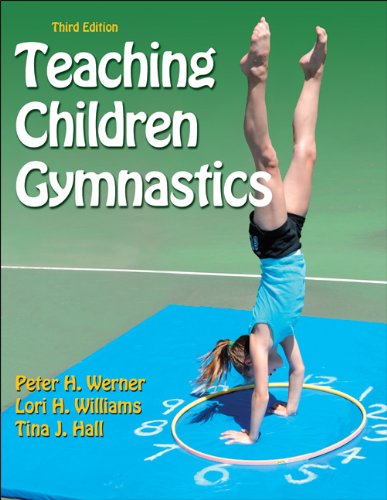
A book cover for Teaching Children Gymnastics-3rd Edition; Peter Werner; Sports & Outdoors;